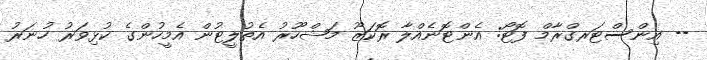
-- އިންސްޓަރގްރާމް ފޮޓޯ: އެންޓޮނެއްލާ ރޮކަޒޫ މަޝްހޫރު އެތުލީޓުން އެމީހުންގެ ކުޅިވަރު ހުނަރު